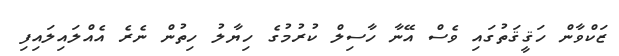
ޒަކްވާން ހަޤީޤަތުގައި ވެސް އޭނާ ހާސިލް ކުރުމުގެ ހިޔާލު ހިތުން ނެރެ އެއްލައިލައިފި